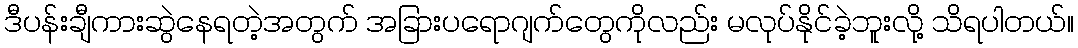
ဒီပန်းချီကားဆွဲနေရတဲ့အတွက် အခြားပရောဂျက်တွေကိုလည်း မလုပ်နိုင်ခဲ့ဘူးလို့ သိရပါတယ်။